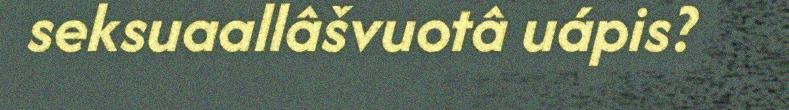
seksuaallâšvuotâ uápis?